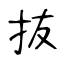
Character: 抜